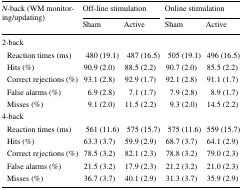
<table><thead><tr><td rowspan="2"><b><i>N</i>-back (WM monitoring/updating)</b></td><td colspan="2"><b>Off-line stimulation</b></td><td colspan="2"><b>Online stimulation</b></td></tr><tr><td><b>Sham</b></td><td><b>Active</b></td><td><b>Sham</b></td><td><b>Active</b></td></tr></thead><tbody><tr><td colspan="5">2-back</td></tr><tr><td> Reaction times (ms)</td><td>480 (19.1)</td><td>487 (16.5)</td><td>505 (19.1)</td><td>496 (16.5)</td></tr><tr><td> Hits (%)</td><td>90.9 (2.0)</td><td>88.5 (2.2)</td><td>90.7 (2.0)</td><td>85.5 (2.2)</td></tr><tr><td> Correct rejections (%)</td><td>93.1 (2.8)</td><td>92.9 (1.7)</td><td>92.1 (2.8)</td><td>91.1 (1.7)</td></tr><tr><td> False alarms (%)</td><td>6.9 (2.8)</td><td>7.1 (1.7)</td><td>7.9 (2.8)</td><td>8.9 (1.7)</td></tr><tr><td> Misses (%)</td><td>9.1 (2.0)</td><td>11.5 (2.2)</td><td>9.3 (2.0)</td><td>14.5 (2.2)</td></tr><tr><td colspan="5">4-back</td></tr><tr><td> Reaction times (ms)</td><td>561 (11.6)</td><td>575 (15.7)</td><td>575 (11.6)</td><td>559 (15.7)</td></tr><tr><td> Hits (%)</td><td>63.3 (3.7)</td><td>59.9 (2.9)</td><td>68.7 (3.7)</td><td>64.1 (2.9)</td></tr><tr><td> Correct rejections (%)</td><td>78.5 (3.2)</td><td>82.1 (2.3)</td><td>78.8 (3.2)</td><td>79.0 (2.3)</td></tr><tr><td> False alarms (%)</td><td>21.5 (3.2)</td><td>17.9 (2.3)</td><td>21.2 (3.2)</td><td>21.0 (2.3)</td></tr><tr><td> Misses (%)</td><td>36.7 (3.7)</td><td>40.1 (2.9)</td><td>31.3 (3.7)</td><td>35.9 (2.9)</td></tr></tbody></table>